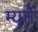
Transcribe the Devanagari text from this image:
म्युर्ते